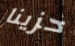
حزينا